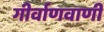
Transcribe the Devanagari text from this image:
गीर्वाणवाणी